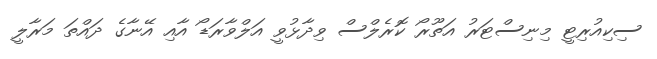
ސިކިއުރިޓީ މިނިސްޓަރު އަތޫރޯ ކޮރެލްސް ވިދާޅުވީ އަލްވާރަޑޯ އާއި އޭނާގެ ދައްތަ މަރާލީ